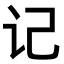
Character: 记